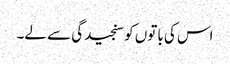
اس کی باتوں کو سنجیدگی سے لے۔